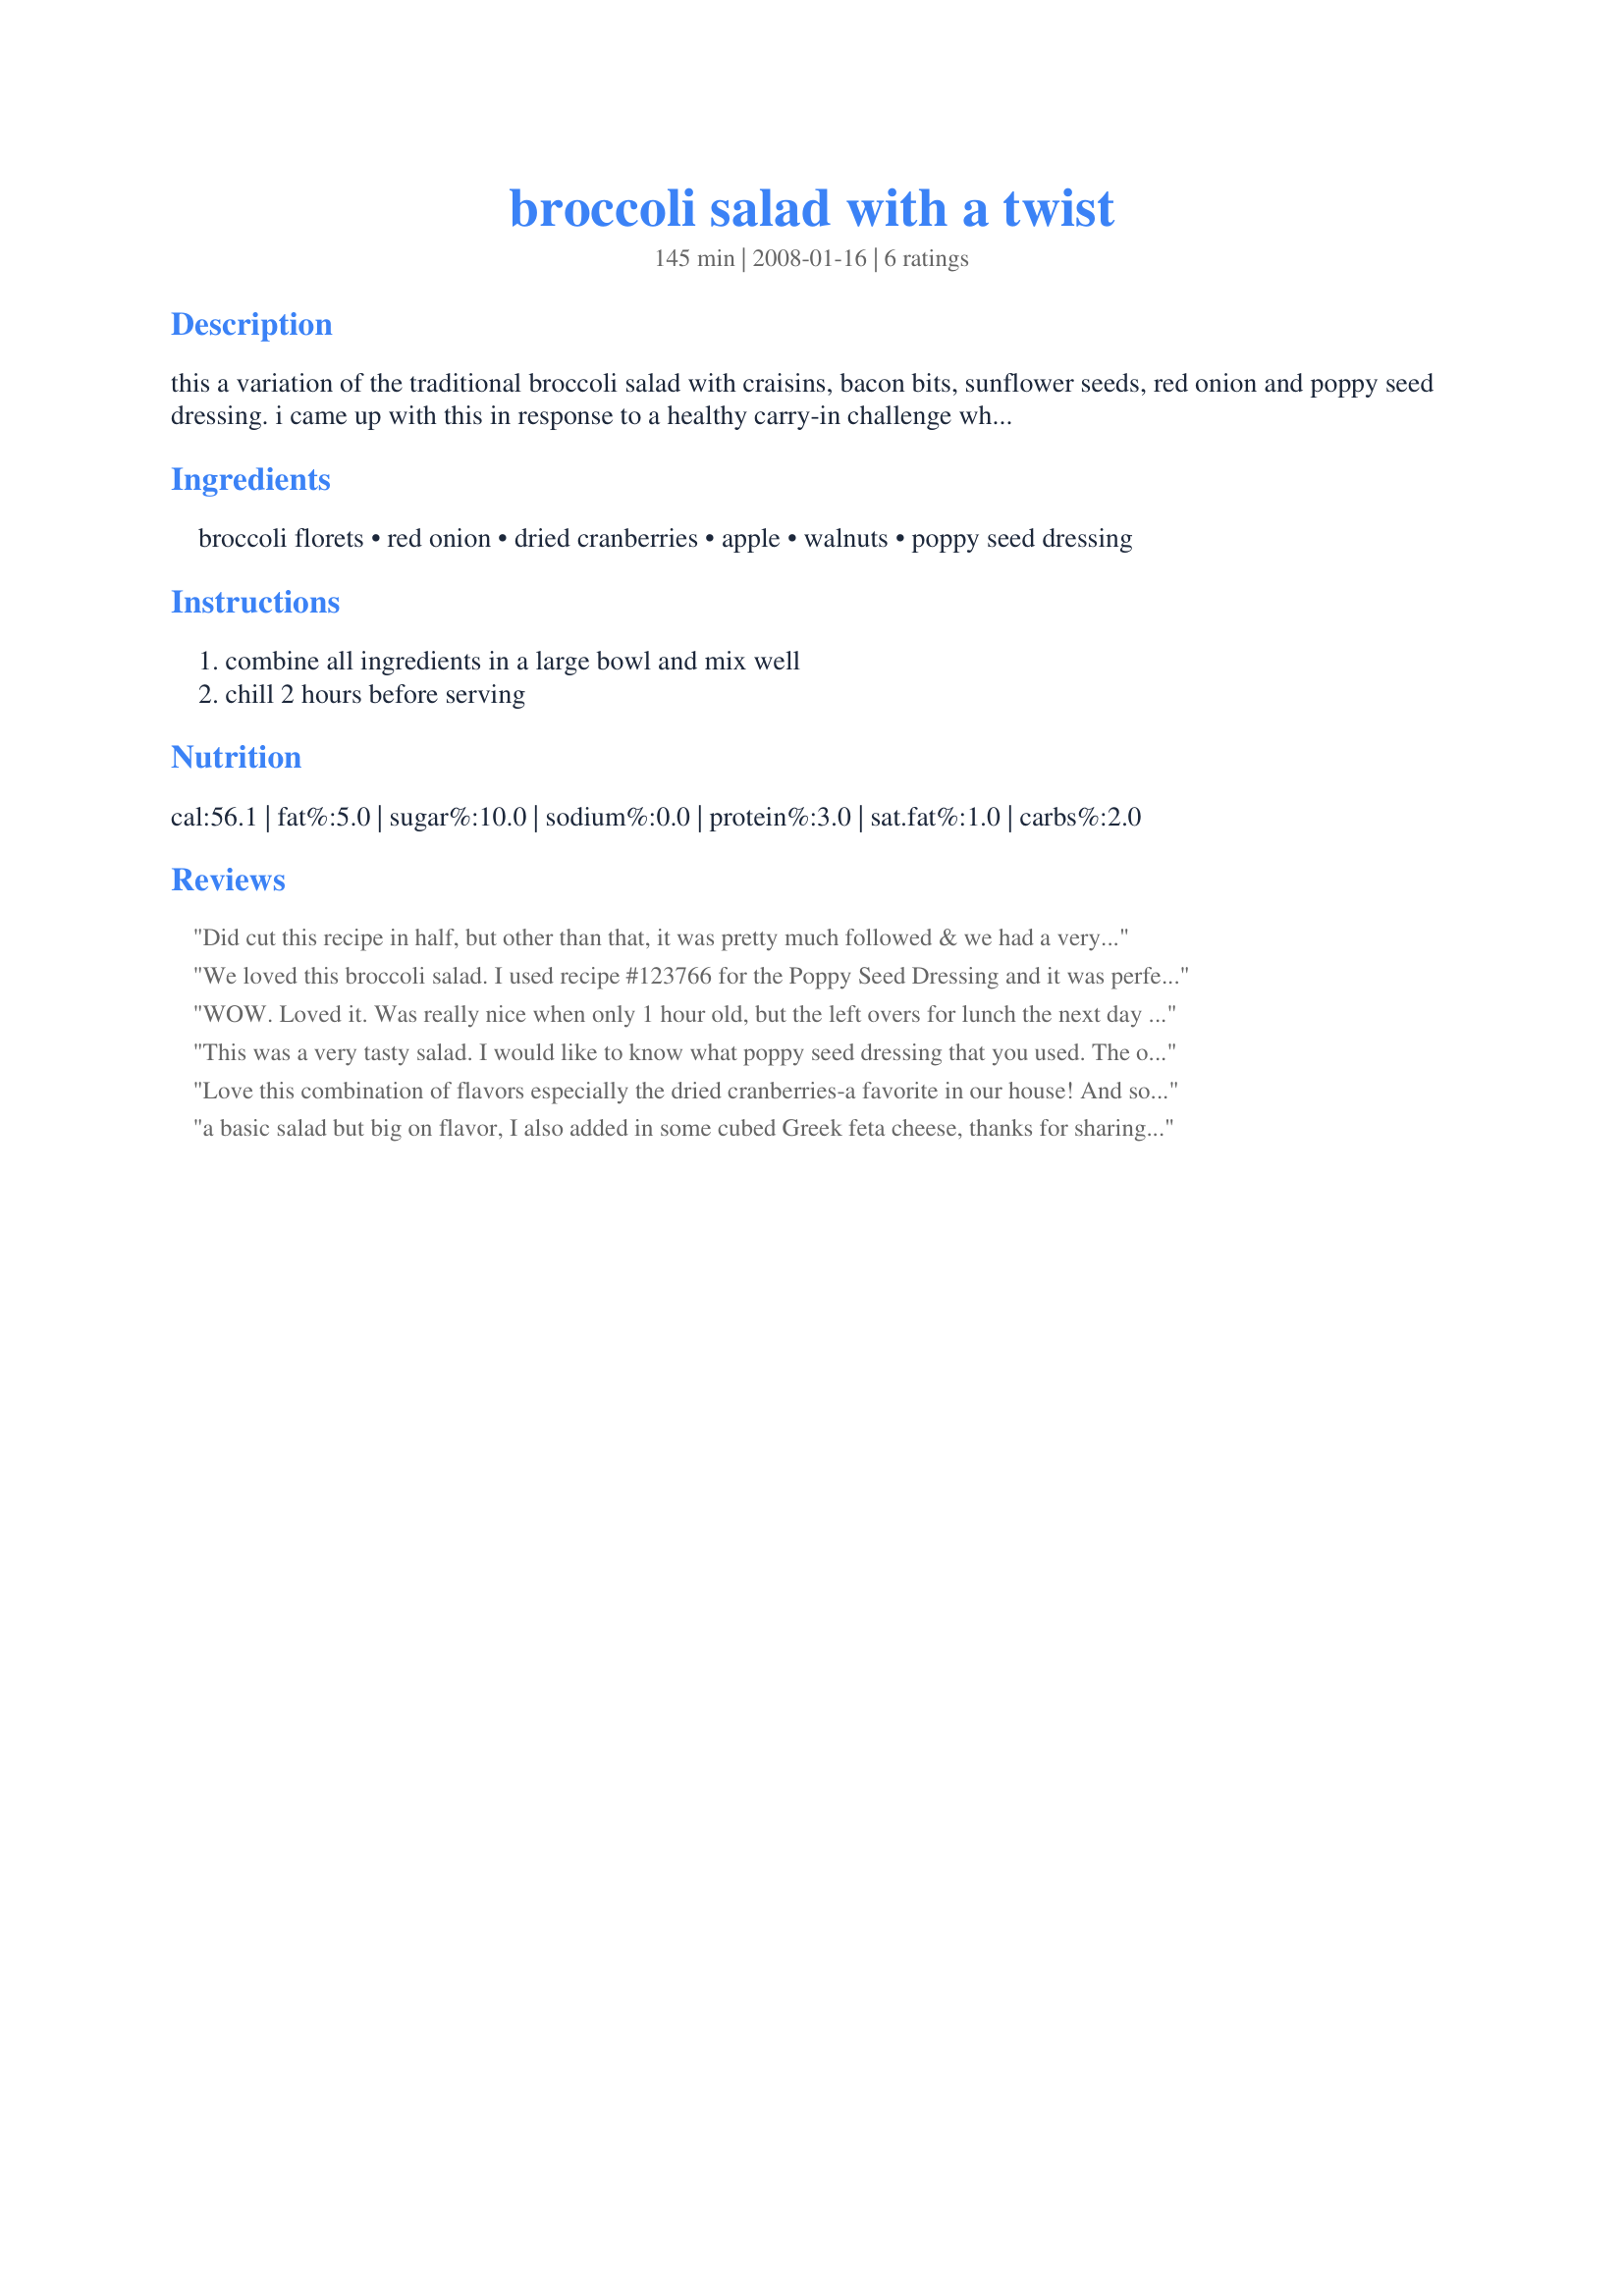
broccoli salad with a twist
Preparation time: 145 minutes

this a variation of the traditional broccoli salad with craisins, bacon bits, sunflower seeds, red onion and poppy seed dressing. i came up with this in response to a healthy carry-in challenge where we were encouraged to bring something from a list of 10 ingredients. cooking time is chill time.

Ingredients:
broccoli florets, red onion, dried cranberries, apple, walnuts, poppy seed dressing

Steps:
combine all ingredients in a large bowl and mix well, chill 2 hours before serving

Reviews:
Did cut this recipe in half, but other than that, it was pretty much followed & we had a very satisfying salad! Loved the combo of flavors as made, but my other half read one of the reviews & felt the need to add some feta cheese! Definitely a make-again kind of recipe! Thanks for sharing it! [Made & reviewed in Zaar Stars recipe tag]
We loved this broccoli salad. I used recipe #123766 for the Poppy Seed Dressing and it was perfect for this salad. I left out the walnuts to cut some of the calories and really didn't miss them and only used 1/2 of an apple. Before it even had time to sit my daughter scooped some up to take home with her. We will make this one again for sure. Made for a bonus tag in Pot Luck Tag Game
WOW. Loved it. Was really nice when only 1 hour old, but the left overs for lunch the next day were even better. So 12 - 24 hours marinating changes it completely. Don't be scared of trying raw broccoli - done this way it is superb. I used homegirl Poppy dressing #123766 and they really went well together. Can totally recommend this recipe.
This was a very tasty salad. I would like to know what poppy seed dressing that you used. The one I used was a little sweet for me, but I will try a different one next time. I was interesting that apples and broccoli tasted so good together and I will definitely try this again.
Love this combination of flavors especially the dried cranberries-a favorite in our house! And so easy to put together when you have lots of entertaining to do. I was concerned that the apple would turn brown but the dressing prevented that from happening. Had this today as part of Fourth of July cook out. It was gone before I had a chance to take a picture. Thanks LARavenscroft for sharing. Made for Gimme 5 tag.
a basic salad but big on flavor, I also added in some cubed Greek feta cheese, thanks for sharing Lori we enjoyed this!
